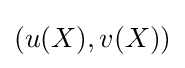
(u(X),v(X))